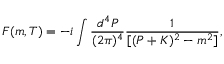
{ \cal F } ( m , T ) = - i \int \frac { d ^ { 4 } P } { ( 2 \pi ) ^ { 4 } } \frac { 1 } { [ ( P + K ) ^ { 2 } - m ^ { 2 } ] } ,